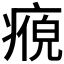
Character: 𭼘